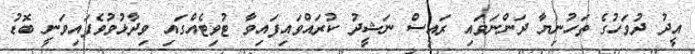
އީދު ދުވަހުގެ ތަހުނިޔާ ދަންނަވައި ރައީސް ނަޝީދު ކުރައްވައިފައިވާ ޓުވިޓެއްގައި ވިދާޅުވުވެފައިވަނީ ބޮޑު